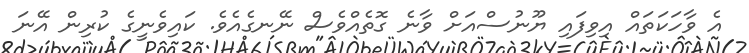
އެ ވާހަކަތައް އިވިފައި ޔޫނުސްއަށް ވާނެ ގޮތެއްވެސް ނޭނގެއެވެ. ކައިވެނީގެ ކުރިން އޭނަ